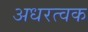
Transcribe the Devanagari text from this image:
अधरत्वक